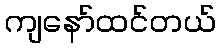
ကျနော်ထင်တယ်